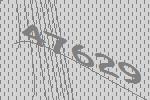
47629